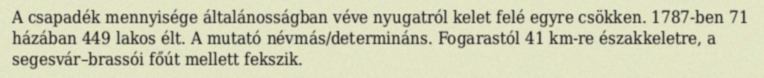
A csapadék mennyisége általánosságban véve nyugatról kelet felé egyre csökken. 1787-ben 71 házában 449 lakos élt. A mutató névmás/determináns. Fogarastól 41 km-re északkeletre, a segesvár–brassói főút mellett fekszik.